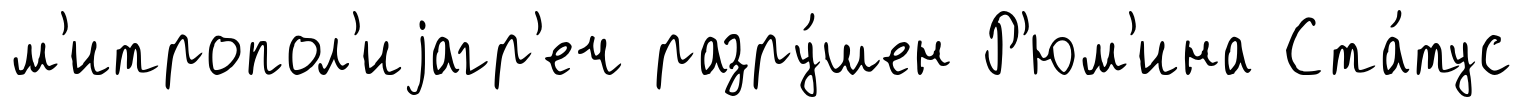
м'итропол'иjагр'еч разру́шен Р'юм'ина Ста́тус